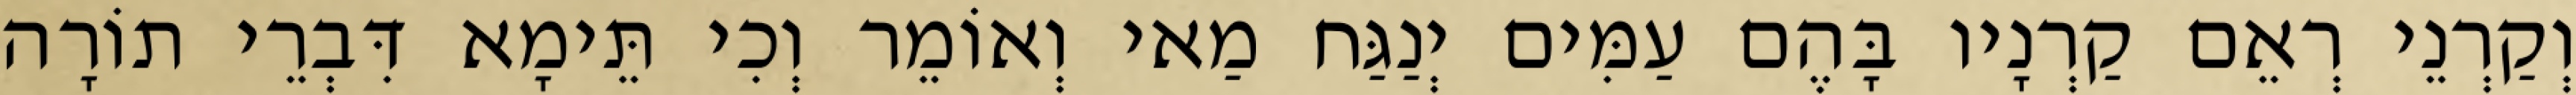
וְקַרְנֵי רְאֵם קַרְנָיו בָּהֶם עַמִּים יְנַגַּח מַאי וְאוֹמֵר וְכִי תֵּימָא דִּבְרֵי תוֹרָה